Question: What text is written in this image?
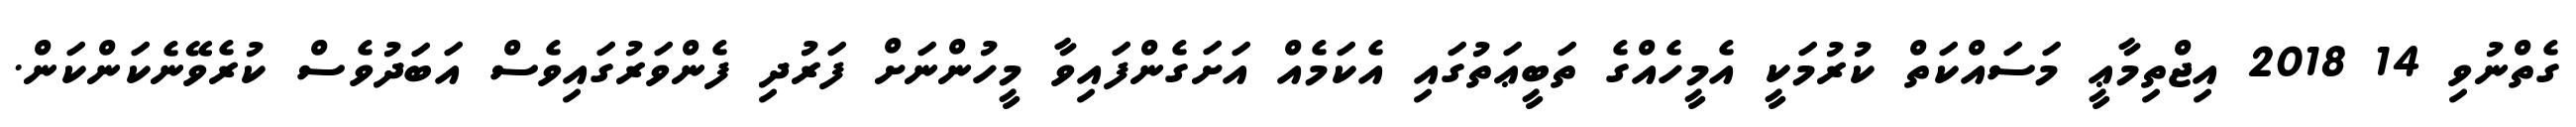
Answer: ގެތްނުވި 14 2018 އިޖްތިމާޢީ މަސައްކަތް ކުރުމަކީ އެމީހެއްގެ ތަބީޢަތުގައި އެކަމެއް އަށަގެންފައިވާ މީހުންނަށް ފަރުދި ފެންވަރުގައިވެސް އަބަދުވެސް ކުރެވޭނެކަންކަން.